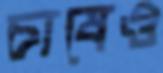
চাষেও